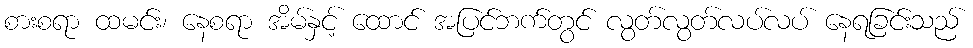
စားစရာ ထမင်း၊ နေစရာ အိမ်နှင့် ထောင် အပြင်ဘက်တွင် လွတ်လွတ်လပ်လပ် နေရခြင်းသည်